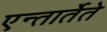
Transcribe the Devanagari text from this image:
एन्तार्तेते